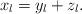
LaTeX: \begin{align*}x_l=y_l+z_l.\end{align*}